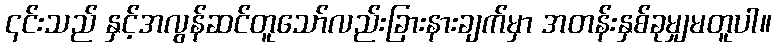
၎င်းသည် နှင့်အလွန်ဆင်တူသော်လည်းခြားနားချက်မှာ အတန်းနှစ်ခုမျှမတူပါ။